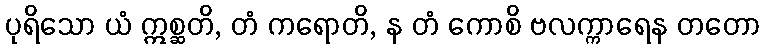
ပုရိသော ယံ ဣစ္ဆတိ, တံ ကရောတိ, န တံ ကောစိ ဗလက္ကာရေန တတော